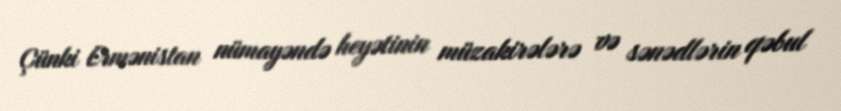
Çünki Ermənistan nümayəndə heyətinin müzakirələrə və sənədlərin qəbul